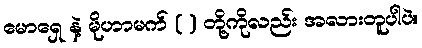
မောရှေ နဲ့ မိုဟာမက် ( ) တို့ကိုလည်း အလားတူပါပဲ။